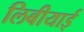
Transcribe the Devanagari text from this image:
लिबीयाई